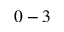
0 - 3